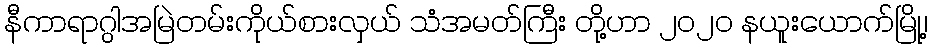
နီကာရာဂွါအမြဲတမ်းကိုယ်စားလှယ် သံအမတ်ကြီး တို့ဟာ ၂၀၂၀ နယူးယောက်မြို့၊